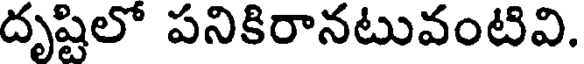
దృష్టిలో పనికిరానటువంటివి.